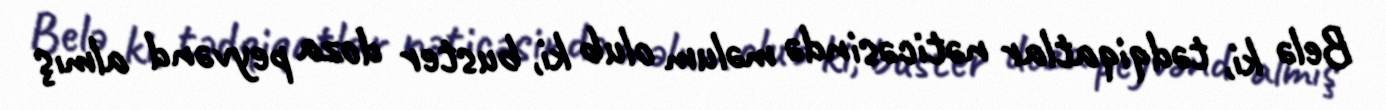
Belə ki, tədqiqatlar nəticəsində məlum olub ki, buster doza peyvənd almış